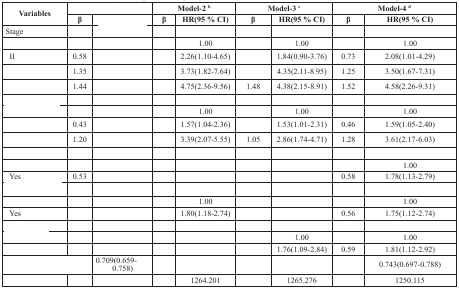
<table><thead><tr><td rowspan="2"><b>Variables</b></td><td colspan="2">[EMPTY_CELL]</td><td colspan="2"><b>Model-2 <sup>b</sup></b></td><td colspan="2"><b>Model-3 <sup>c</sup></b></td><td colspan="2"><b>Model-4 <sup>d</sup></b></td></tr><tr><td><b>β</b></td><td>[EMPTY_CELL]</td><td><b>β</b></td><td><b>HR(95 % CI)</b></td><td><b>β</b></td><td><b>HR(95 % CI)</b></td><td><b>β</b></td><td><b>HR(95 % CI)</b></td></tr></thead><tbody><tr><td>Stage</td><td>[EMPTY_CELL]</td><td>[EMPTY_CELL]</td><td>[EMPTY_CELL]</td><td>[EMPTY_CELL]</td><td>[EMPTY_CELL]</td><td>[EMPTY_CELL]</td><td>[EMPTY_CELL]</td><td>[EMPTY_CELL]</td></tr><tr><td>[EMPTY_CELL]</td><td>[EMPTY_CELL]</td><td>[EMPTY_CELL]</td><td>[EMPTY_CELL]</td><td>1.00</td><td>[EMPTY_CELL]</td><td>1.00</td><td>[EMPTY_CELL]</td><td>1.00</td></tr><tr><td> II</td><td>0.58</td><td>[EMPTY_CELL]</td><td>[EMPTY_CELL]</td><td>2.26(1.10-4.65)</td><td>[EMPTY_CELL]</td><td>1.84(0.90-3.76)</td><td>0.73</td><td>2.08(1.01-4.29)</td></tr><tr><td>[EMPTY_CELL]</td><td>1.35</td><td>[EMPTY_CELL]</td><td>[EMPTY_CELL]</td><td>3.73(1.82-7.64)</td><td>[EMPTY_CELL]</td><td>4.35(2.11-8.95)</td><td>1.25</td><td>3.50(1.67-7.31)</td></tr><tr><td>[EMPTY_CELL]</td><td>1.44</td><td>[EMPTY_CELL]</td><td>[EMPTY_CELL]</td><td>4.75(2.36-9.56)</td><td>1.48</td><td>4.38(2.15-8.91)</td><td>1.52</td><td>4.58(2.26-9.31)</td></tr><tr><td>[EMPTY_CELL]</td><td>[EMPTY_CELL]</td><td>[EMPTY_CELL]</td><td>[EMPTY_CELL]</td><td>[EMPTY_CELL]</td><td>[EMPTY_CELL]</td><td>[EMPTY_CELL]</td><td>[EMPTY_CELL]</td><td>[EMPTY_CELL]</td></tr><tr><td>[EMPTY_CELL]</td><td>[EMPTY_CELL]</td><td>[EMPTY_CELL]</td><td>[EMPTY_CELL]</td><td>1.00</td><td>[EMPTY_CELL]</td><td>1.00</td><td>[EMPTY_CELL]</td><td>1.00</td></tr><tr><td>[EMPTY_CELL]</td><td>0.43</td><td>[EMPTY_CELL]</td><td>[EMPTY_CELL]</td><td>1.57(1.04-2.36)</td><td>[EMPTY_CELL]</td><td>1.53(1.01-2.31)</td><td>0.46</td><td>1.59(1.05-2.40)</td></tr><tr><td>[EMPTY_CELL]</td><td>1.20</td><td>[EMPTY_CELL]</td><td>[EMPTY_CELL]</td><td>3.39(2.07-5.55)</td><td>1.05</td><td>2.86(1.74-4.71)</td><td>1.28</td><td>3.61(2.17-6.03)</td></tr><tr><td>[EMPTY_CELL]</td><td>[EMPTY_CELL]</td><td>[EMPTY_CELL]</td><td>[EMPTY_CELL]</td><td>[EMPTY_CELL]</td><td>[EMPTY_CELL]</td><td>[EMPTY_CELL]</td><td>[EMPTY_CELL]</td><td>[EMPTY_CELL]</td></tr><tr><td>[EMPTY_CELL]</td><td>[EMPTY_CELL]</td><td>[EMPTY_CELL]</td><td>[EMPTY_CELL]</td><td>[EMPTY_CELL]</td><td>[EMPTY_CELL]</td><td>[EMPTY_CELL]</td><td>[EMPTY_CELL]</td><td>1.00</td></tr><tr><td> Yes</td><td>0.53</td><td>[EMPTY_CELL]</td><td>[EMPTY_CELL]</td><td>[EMPTY_CELL]</td><td>[EMPTY_CELL]</td><td>[EMPTY_CELL]</td><td>0.58</td><td>1.78(1.13-2.79)</td></tr><tr><td>[EMPTY_CELL]</td><td>[EMPTY_CELL]</td><td>[EMPTY_CELL]</td><td>[EMPTY_CELL]</td><td>[EMPTY_CELL]</td><td>[EMPTY_CELL]</td><td>[EMPTY_CELL]</td><td>[EMPTY_CELL]</td><td>[EMPTY_CELL]</td></tr><tr><td>[EMPTY_CELL]</td><td>[EMPTY_CELL]</td><td>[EMPTY_CELL]</td><td>[EMPTY_CELL]</td><td>1.00</td><td>[EMPTY_CELL]</td><td>[EMPTY_CELL]</td><td>[EMPTY_CELL]</td><td>1.00</td></tr><tr><td> Yes</td><td>[EMPTY_CELL]</td><td>[EMPTY_CELL]</td><td>[EMPTY_CELL]</td><td>1.80(1.18-2.74)</td><td>[EMPTY_CELL]</td><td>[EMPTY_CELL]</td><td>0.56</td><td>1.75(1.12-2.74)</td></tr><tr><td>[EMPTY_CELL]</td><td>[EMPTY_CELL]</td><td>[EMPTY_CELL]</td><td>[EMPTY_CELL]</td><td>[EMPTY_CELL]</td><td>[EMPTY_CELL]</td><td>[EMPTY_CELL]</td><td>[EMPTY_CELL]</td><td>[EMPTY_CELL]</td></tr><tr><td>[EMPTY_CELL]</td><td>[EMPTY_CELL]</td><td>[EMPTY_CELL]</td><td>[EMPTY_CELL]</td><td>[EMPTY_CELL]</td><td>[EMPTY_CELL]</td><td>1.00</td><td>[EMPTY_CELL]</td><td>1.00</td></tr><tr><td>[EMPTY_CELL]</td><td>[EMPTY_CELL]</td><td>[EMPTY_CELL]</td><td>[EMPTY_CELL]</td><td>[EMPTY_CELL]</td><td>[EMPTY_CELL]</td><td>1.76(1.09-2.84)</td><td>0.59</td><td>1.81(1.12-2.92)</td></tr><tr><td colspan="2">[EMPTY_CELL]</td><td>0.709(0.659-0.758)</td><td>[EMPTY_CELL]</td><td>[EMPTY_CELL]</td><td>[EMPTY_CELL]</td><td>[EMPTY_CELL]</td><td>[EMPTY_CELL]</td><td>0.743(0.697-0.788)</td></tr><tr><td>[EMPTY_CELL]</td><td>[EMPTY_CELL]</td><td>[EMPTY_CELL]</td><td>[EMPTY_CELL]</td><td>1264.201</td><td>[EMPTY_CELL]</td><td>1265.276</td><td>[EMPTY_CELL]</td><td>1250.115</td></tr></tbody></table>